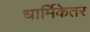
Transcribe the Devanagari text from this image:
धार्मिकेतर